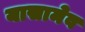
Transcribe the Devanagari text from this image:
यासामेव